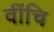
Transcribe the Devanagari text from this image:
वींचि